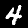
Label: 4